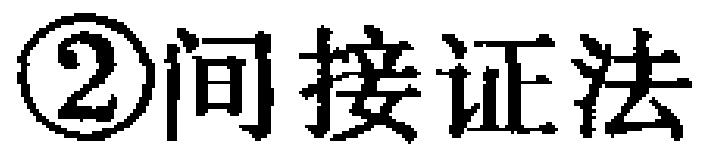
\textcircled{2}间接证法